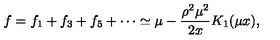
f = f _ { 1 } + f _ { 3 } + f _ { 5 } + \cdots \simeq \mu - \frac { \rho ^ { 2 } \mu ^ { 2 } } { 2 x } K _ { 1 } ( \mu x ) ,